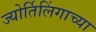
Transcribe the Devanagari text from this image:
ज्‍योर्तिलिंगाच्‍या